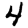
Digit: 4